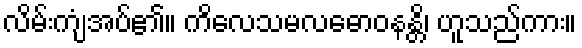
လိမ်းကျံအပ်၏။ ကိလေသမလဓောဝနန္တိ၊ ဟူသည်ကား။